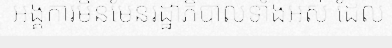
អង្គការមិនមែនរដ្ឋាភិបាលទាំងអស់ ដែល